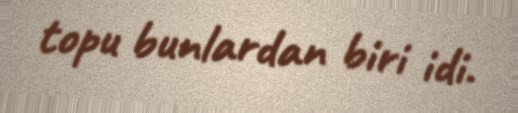
topu bunlardan biri idi.